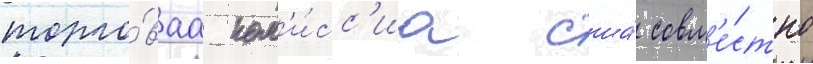
торго́ваа ком'и́сс'иа сша́ совм'е́стно